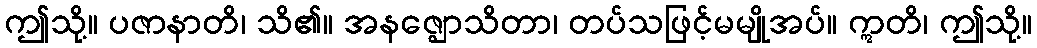
ဤသို့။ ပဇာနာတိ၊ သိ၏။ အနဇ္ဈောသိတာ၊ တပ်သဖြင့်မမျိုအပ်။ ဣတိ၊ ဤသို့။